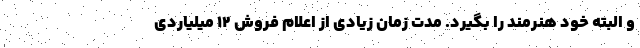
و البته خود هنرمند را بگیرد. مدت زمان زیادی از اعلام فروش ۱۲ میلیاردی